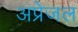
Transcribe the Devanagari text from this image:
अप्रेजल